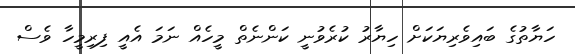
ހަޔާތުގެ ބައިވެރިޔަކަށް ހިޔާރު ކުރެވުނީ ކަންނެތް މީހެއް ނަމަ އެއީ ފިރިމީހާ ވެސް